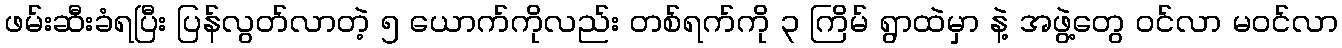
ဖမ်းဆီးခံရပြီး ပြန်လွတ်လာတဲ့ ၅ ယောက်ကိုလည်း တစ်ရက်ကို ၃ ကြိမ် ရွာထဲမှာ နဲ့ အဖွဲ့တွေ ဝင်လာ မဝင်လာ